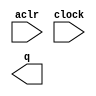
// megafunction wizard: %LPM_COUNTER%VBB%
// GENERATION: STANDARD
// VERSION: WM1.0
// MODULE: LPM_COUNTER 

// ============================================================
// Megafunction Name(s):
// 			LPM_COUNTER
//
// Simulation Library Files(s):
// 			lpm
// ============================================================
// ************************************************************
// THIS IS A WIZARD-GENERATED FILE. DO NOT EDIT THIS FILE!
//
// 15.1.0 Build 185 10/21/2015 SJ Lite Edition
// ************************************************************

//Copyright (C) 1991-2015 Altera Corporation. All rights reserved.
//Your use of Altera Corporation's design tools, logic functions 
//and other software and tools, and its AMPP partner logic 
//functions, and any output files from any of the foregoing 
//(including device programming or simulation files), and any 
//associated documentation or information are expressly subject 
//to the terms and conditions of the Altera Program License 
//Subscription Agreement, the Altera Quartus Prime License Agreement,
//the Altera MegaCore Function License Agreement, or other 
//applicable license agreement, including, without limitation, 
//that your use is for the sole purpose of programming logic 
//devices manufactured by Altera and sold by Altera or its 
//authorized distributors.  Please refer to the applicable 
//agreement for further details.

module counter (
	aclr,
	clock,
	q);

	input	  aclr;
	input	  clock;
	output	[3:0]  q;

endmodule

// ============================================================
// CNX file retrieval info
// ============================================================
// Retrieval info: PRIVATE: ACLR NUMERIC "1"
// Retrieval info: PRIVATE: ALOAD NUMERIC "0"
// Retrieval info: PRIVATE: ASET NUMERIC "0"
// Retrieval info: PRIVATE: ASET_ALL1 NUMERIC "1"
// Retrieval info: PRIVATE: CLK_EN NUMERIC "0"
// Retrieval info: PRIVATE: CNT_EN NUMERIC "0"
// Retrieval info: PRIVATE: CarryIn NUMERIC "0"
// Retrieval info: PRIVATE: CarryOut NUMERIC "0"
// Retrieval info: PRIVATE: Direction NUMERIC "0"
// Retrieval info: PRIVATE: INTENDED_DEVICE_FAMILY STRING "Cyclone V"
// Retrieval info: PRIVATE: ModulusCounter NUMERIC "0"
// Retrieval info: PRIVATE: ModulusValue NUMERIC "0"
// Retrieval info: PRIVATE: SCLR NUMERIC "0"
// Retrieval info: PRIVATE: SLOAD NUMERIC "0"
// Retrieval info: PRIVATE: SSET NUMERIC "0"
// Retrieval info: PRIVATE: SSET_ALL1 NUMERIC "1"
// Retrieval info: PRIVATE: SYNTH_WRAPPER_GEN_POSTFIX STRING "0"
// Retrieval info: PRIVATE: nBit NUMERIC "4"
// Retrieval info: PRIVATE: new_diagram STRING "1"
// Retrieval info: LIBRARY: lpm lpm.lpm_components.all
// Retrieval info: CONSTANT: LPM_DIRECTION STRING "UP"
// Retrieval info: CONSTANT: LPM_PORT_UPDOWN STRING "PORT_UNUSED"
// Retrieval info: CONSTANT: LPM_TYPE STRING "LPM_COUNTER"
// Retrieval info: CONSTANT: LPM_WIDTH NUMERIC "4"
// Retrieval info: USED_PORT: aclr 0 0 0 0 INPUT NODEFVAL "aclr"
// Retrieval info: USED_PORT: clock 0 0 0 0 INPUT NODEFVAL "clock"
// Retrieval info: USED_PORT: q 0 0 4 0 OUTPUT NODEFVAL "q[3..0]"
// Retrieval info: CONNECT: @aclr 0 0 0 0 aclr 0 0 0 0
// Retrieval info: CONNECT: @clock 0 0 0 0 clock 0 0 0 0
// Retrieval info: CONNECT: q 0 0 4 0 @q 0 0 4 0
// Retrieval info: GEN_FILE: TYPE_NORMAL counter.v TRUE
// Retrieval info: GEN_FILE: TYPE_NORMAL counter.inc FALSE
// Retrieval info: GEN_FILE: TYPE_NORMAL counter.cmp FALSE
// Retrieval info: GEN_FILE: TYPE_NORMAL counter.bsf TRUE
// Retrieval info: GEN_FILE: TYPE_NORMAL counter_inst.v FALSE
// Retrieval info: GEN_FILE: TYPE_NORMAL counter_bb.v TRUE
// Retrieval info: LIB_FILE: lpm